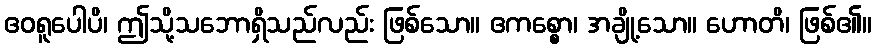
ဧဝရူပေါပိ၊ ဤသို့သဘောရှိသည်လည်း ဖြစ်သော။ ဧကစ္စော၊ အချို့သော။ ဟောတိ၊ ဖြစ်၏။